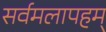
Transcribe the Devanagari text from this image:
सर्वमलापहम्